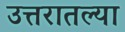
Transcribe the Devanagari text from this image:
उत्तरातल्या